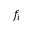
f _ { i }